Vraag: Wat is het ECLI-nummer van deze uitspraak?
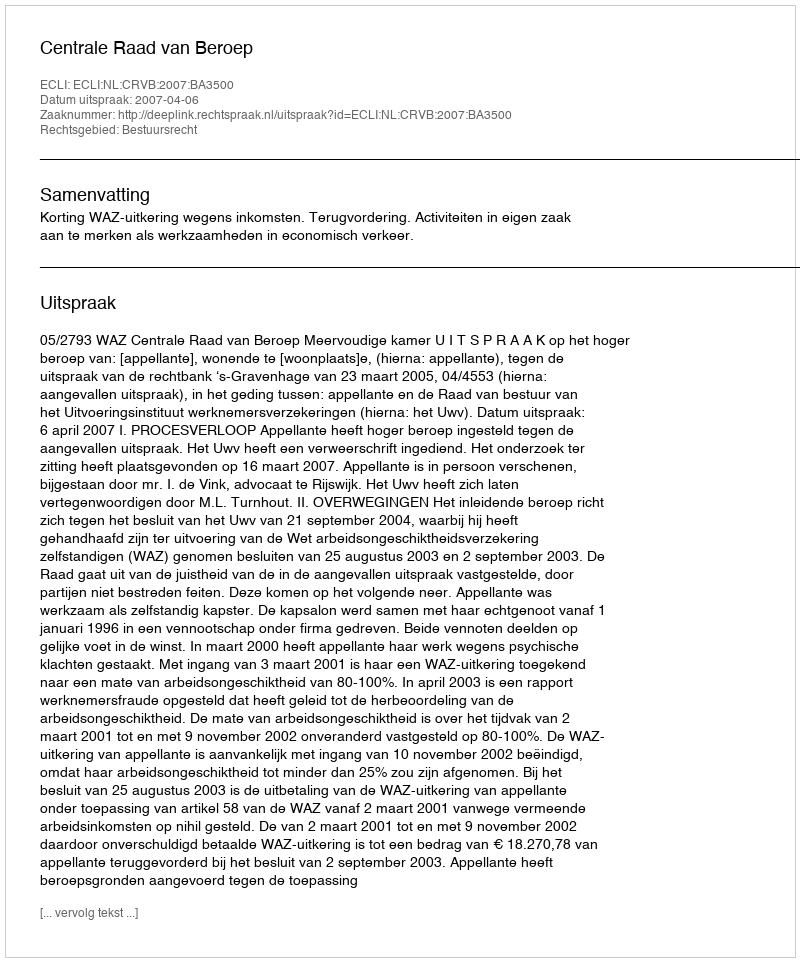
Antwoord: ECLI:NL:CRVB:2007:BA3500